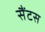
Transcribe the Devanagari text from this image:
सैंटस